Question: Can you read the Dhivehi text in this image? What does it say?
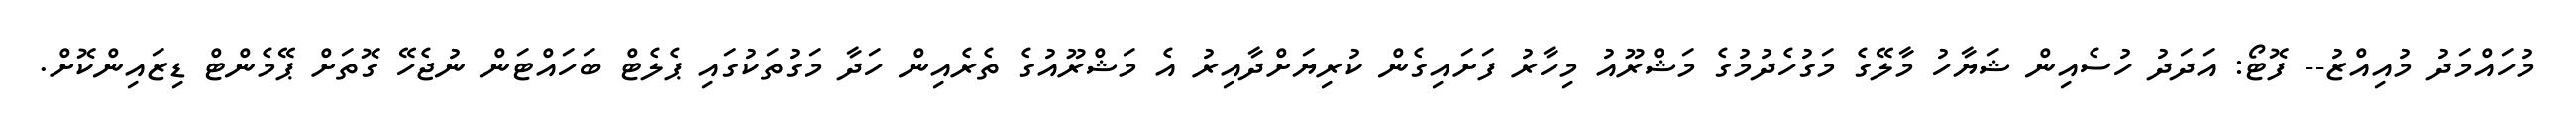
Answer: މުހައްމަދު މުއިއްޒު-- ފޮޓޯ: އަދަދު ހުސެއިން ޝަޔާހު މާލޭގެ މަގުހެދުމުގެ މަޝްރޫއު މިހާރު ފަށައިގެން ކުރިޔަށްދާއިރު އެ މަޝްރޫއުގެ ތެރެއިން ހަދާ މަގުތަކުގައި ޕެލެޓް ބަހައްޓަން ނުޖެހޭ ގޮތަށް ޕޭމެންޓް ޑިޒައިންކޮށް.